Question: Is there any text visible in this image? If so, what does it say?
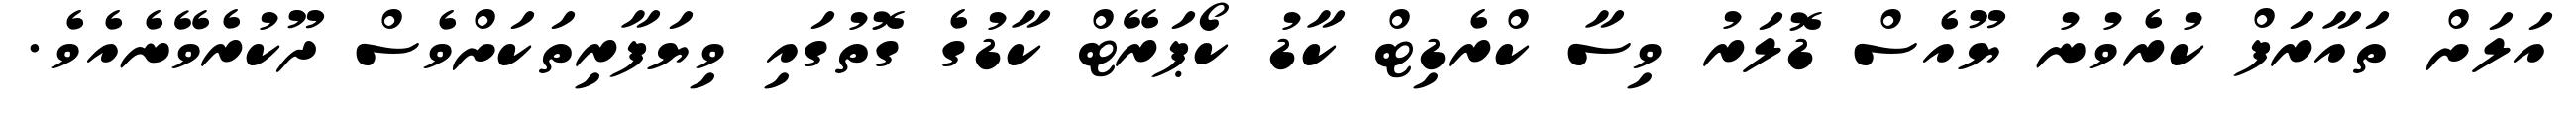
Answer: އަލަށް ތައާރަފް ކުރެވުނު ޔޫއެސް ޑޮލަރު ވިސާ ކްރެޑިޓް ކާޑު ކޯޕަރޭޓް ކާޑުގެ ގޮތުގައި ވިޔަފާރިތަކަށްވެސް ދޫކުރެވޭނެއެވެ.